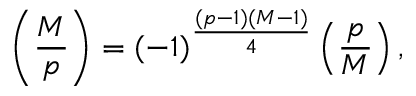
\left( { \frac { M } { p } } \right) = ( - 1 ) ^ { \frac { ( p - 1 ) ( M - 1 ) } { 4 } } \left( { \frac { p } { M } } \right) ,